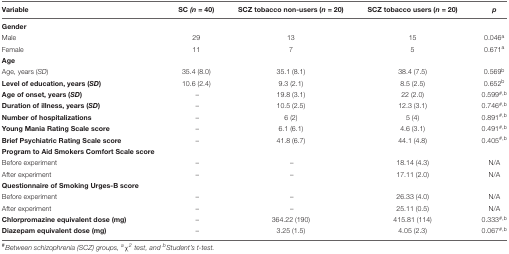
<table><thead><tr><td><b>Variable</b></td><td><b>SC (<i>n</i> = 40)</b></td><td><b>SCZ tobacco non-users (<i>n</i> = 20)</b></td><td><b>SCZ tobacco users (<i>n</i> = 20)</b></td><td><b><i>p</i></b></td></tr></thead><tbody><tr><td><b>Gender</b></td><td></td><td></td><td></td><td></td></tr><tr><td>Male</td><td>29</td><td>13</td><td>15</td><td>0.046<sup>a</sup></td></tr><tr><td>Female</td><td>11</td><td>7</td><td>5</td><td>0.671<sup>a</sup></td></tr><tr><td><b>Age</b></td><td></td><td></td><td></td><td></td></tr><tr><td>Age, years (<i>SD</i>)</td><td>35.4 (8.0)</td><td>35.1 (8.1)</td><td>38.4 (7.5)</td><td>0.569<sup>b</sup></td></tr><tr><td><b>Level of education, years (<i>SD</i>)</b></td><td>10.6 (2.4)</td><td>9.3 (2.1)</td><td>8.5 (2.5)</td><td>0.652<sup>b</sup></td></tr><tr><td><b>Age of onset, years (<i>SD</i>)</b></td><td>–</td><td>19.8 (3.1)</td><td>22 (2.0)</td><td>0.599<sup>#,b</sup></td></tr><tr><td><b>Duration of illness, years (<i>SD</i>)</b></td><td>–</td><td>10.5 (2.5)</td><td>12.3 (3.1)</td><td>0.746<sup>#,b</sup></td></tr><tr><td><b>Number of hospitalizations</b></td><td>–</td><td>6 (2)</td><td>5 (4)</td><td>0.891<sup>#,b</sup></td></tr><tr><td><b>Young Mania Rating Scale score</b></td><td>–</td><td>6.1 (6.1)</td><td>4.6 (3.1)</td><td>0.491<sup>#,b</sup></td></tr><tr><td><b>Brief Psychiatric Rating Scale score</b></td><td>–</td><td>41.8 (6.7)</td><td>44.1 (4.8)</td><td>0.405<sup>#,b</sup></td></tr><tr><td><b>Program to Aid Smokers Comfort Scale score</b></td><td></td><td></td><td></td><td></td></tr><tr><td>Before experiment</td><td>–</td><td>–</td><td>18.14 (4.3)</td><td>N/A</td></tr><tr><td>After experiment</td><td>–</td><td>–</td><td>17.11 (2.0)</td><td>N/A</td></tr><tr><td><b>Questionnaire of Smoking Urges-B score</b></td><td></td><td></td><td></td><td></td></tr><tr><td>Before experiment</td><td>–</td><td>–</td><td>26.33 (4.0)</td><td>N/A</td></tr><tr><td>After experiment</td><td>–</td><td>–</td><td>25.11 (0.5)</td><td>N/A</td></tr><tr><td><b>Chlorpromazine equivalent dose (mg)</b></td><td>–</td><td>364.22 (190)</td><td>415.81 (114)</td><td>0.333<sup>#,b</sup></td></tr><tr><td><b>Diazepam equivalent dose (mg)</b></td><td>–</td><td>3.25 (1.5)</td><td>4.05 (2.3)</td><td>0.067<sup>#,b</sup></td></tr></tbody></table>